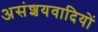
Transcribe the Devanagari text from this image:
असंशयवादियों